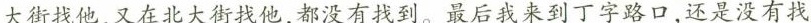
大街找他，又在北大街找他，都没有找到。最后我来到丁字路口，还是没有找